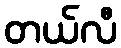
တယ်လီ